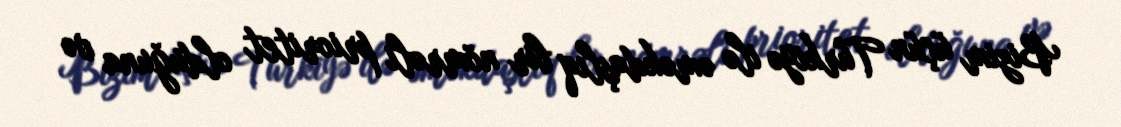
Bizim üçün Türkiyə ilə əməkdaşlıq bir nömrəli prioritet olduğuna və